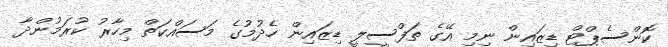
ކޮންސެޕްޓް ޑިޒައިން ނިމި އޭގެ ތަފްސީލީ ޑިޒައިން ހެދުމުގެ މަސައްކަތް މިހާރު ކުރަމުންދާ